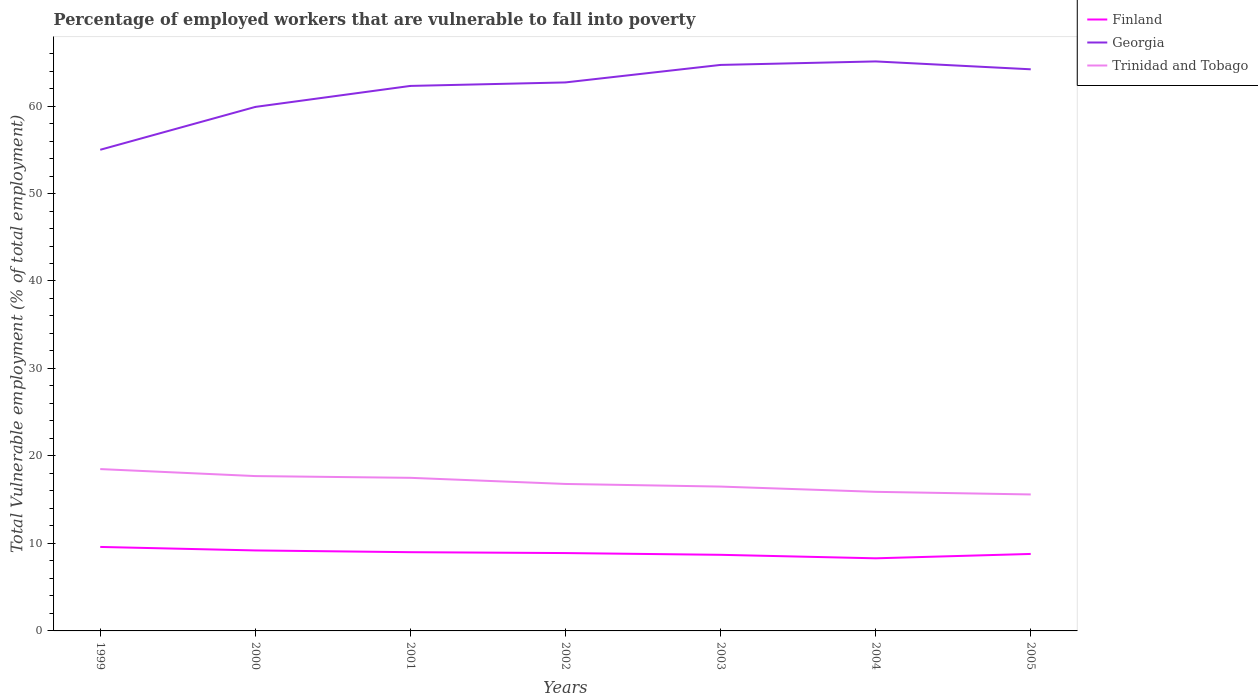
| Years | Finland | Georgia | Trinidad and Tobago |
 | --- | --- | --- | --- |
 | 1999 | 9.6 | 55 | 18.5 |
 | 2000 | 9.2 | 59.9 | 17.7 |
 | 2001 | 9 | 62.3 | 17.5 |
 | 2002 | 8.9 | 62.7 | 16.8 |
 | 2003 | 8.7 | 64.7 | 16.5 |
 | 2004 | 8.3 | 65.1 | 15.9 |
 | 2005 | 8.8 | 64.2 | 15.6 |